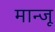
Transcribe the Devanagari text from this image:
मान्जू